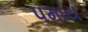
પમાય